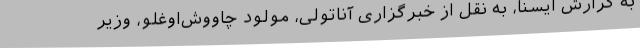
به گزارش ایسنا، به نقل از خبرگزاری آناتولی، مولود چاووش‌اوغلو، وزیر